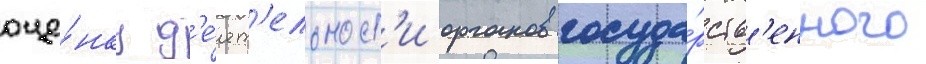
оце́нку д'е́ят'ельност'и органов госуда́рств'енного